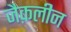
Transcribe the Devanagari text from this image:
जैक़लीन